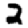
Digit: 2